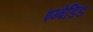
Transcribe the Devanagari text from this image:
इम्बेडिड